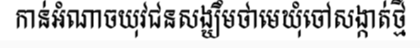
កាន់អំណាចយុវជនសង្ឃឹមថាមេឃុំចៅសង្កាត់ថ្មី